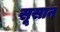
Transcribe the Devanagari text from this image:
सूसान